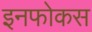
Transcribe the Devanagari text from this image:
इनफोकस